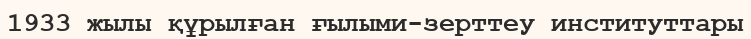
1933 жылы құрылған ғылыми-зерттеу институттары